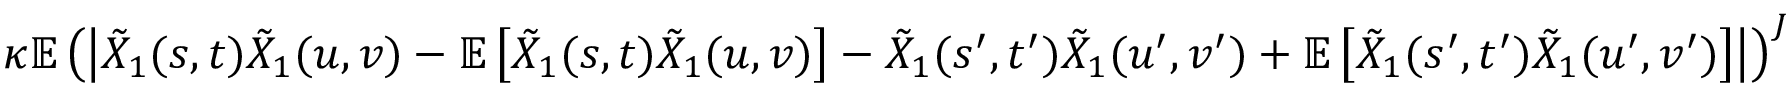
\kappa \mathbb { E } \left( \left| \tilde { X } _ { 1 } ( s , t ) \tilde { X } _ { 1 } ( u , v ) - \mathbb { E } \left[ \tilde { X } _ { 1 } ( s , t ) \tilde { X } _ { 1 } ( u , v ) \right] - \tilde { X } _ { 1 } ( s ^ { \prime } , t ^ { \prime } ) \tilde { X } _ { 1 } ( u ^ { \prime } , v ^ { \prime } ) + \mathbb { E } \left[ \tilde { X } _ { 1 } ( s ^ { \prime } , t ^ { \prime } ) \tilde { X } _ { 1 } ( u ^ { \prime } , v ^ { \prime } ) \right] \right| \right) ^ { J }